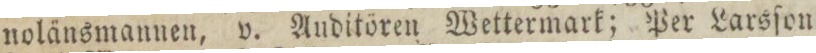
nolänsmannen, v. Auditören Wettermark; Per Larsſon